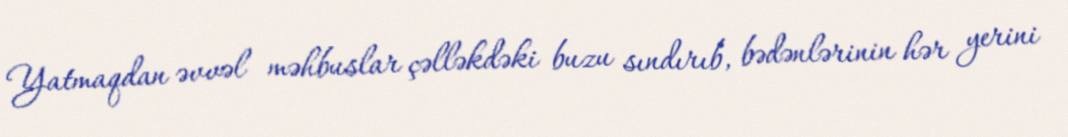
Yatmaqdan əvvəl məhbuslar çəlləkdəki buzu sındırıb, bədənlərinin hər yerini